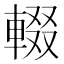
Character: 輟